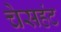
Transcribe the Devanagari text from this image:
चेसहंट